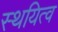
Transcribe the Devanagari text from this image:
स्थयित्व